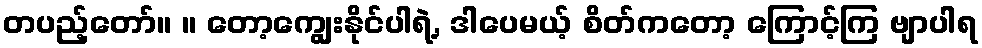
တပည့်တော်။ ။ တော့ကျွေးနိုင်ပါရဲ့, ဒါပေမယ့် စိတ်ကတော့ ကြောင့်ကြ ဗျာပါရ